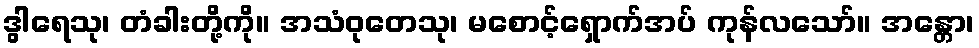
ဒွါရေသု၊ တံခါးတို့ကို။ အသံဝုတေသု၊ မစောင့်ရှောက်အပ် ကုန်လသော်။ အန္တော၊